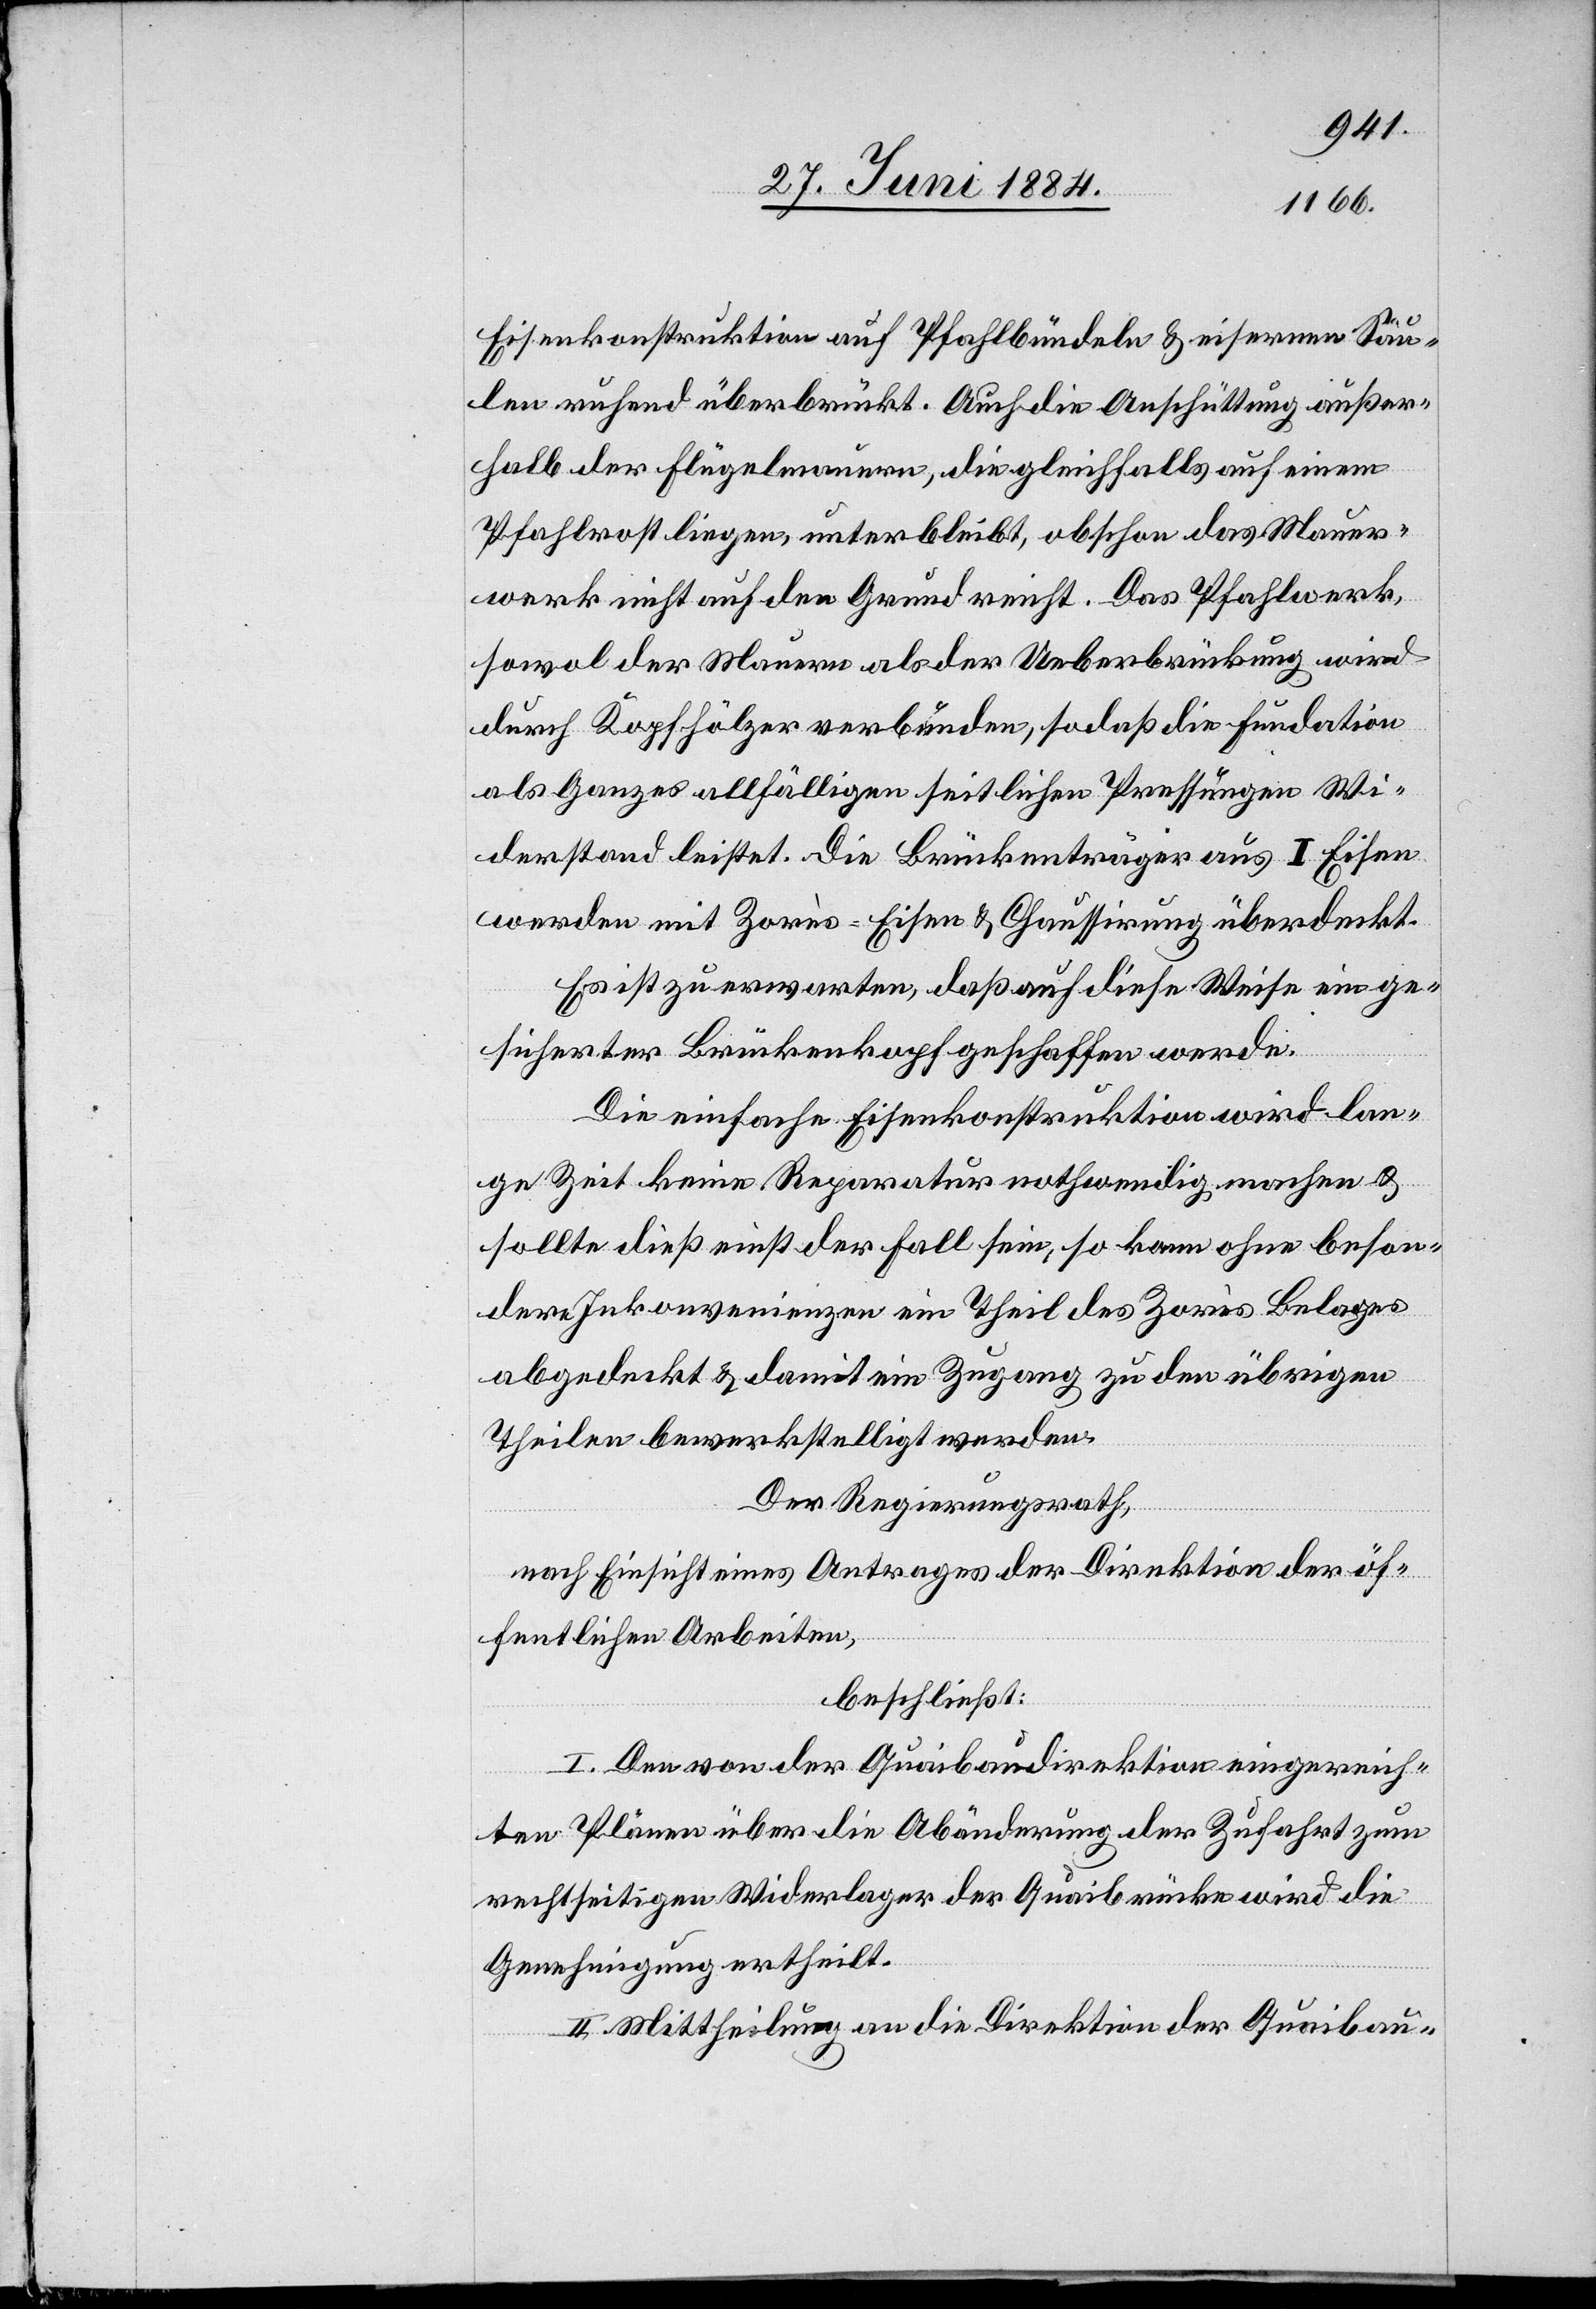
Eisenkonstruktion auf Pfahlbündeln & eiserenen Säu¬
len ruhend überbrückt. Auch die Anschüttung außer¬
halb der Flügelmauern, die gleichfalls auf einem
Pfahlrost liegen, unterbleibt, obschon das Mauer¬
werk nicht auf den Grund reicht. Das Pfahlwerk,
sowol der Mauern als der Ueberbrückung wird
durch Kopfhölzer verbunden, so daß die Fundation
als Ganzes allfälligen seitlichen Pressungen Wi¬
derstand leistet. Die Brückenträger aus I Eisen
werden mit Zorès-Eisen & Chaussirung überdeckt.
Es ist zu erwarten, daß auf diese Weise ein ge¬
sicherter Brückenkopf geschaffen werde.
Die einfache Eisenkonstruktion wird lan¬
ge Zeit keine Reparatur nothwendig machen &
sollte dieß einst der Fall sein, so kann ohne beson¬
dere Inkonvenienzen ein Theil des Zorès Belages
abgedeckt & damit ein Zugang zu den übrigen
Theilen bewerkstelligt werden.
Der Regierungsrath,
nach Einsicht eines Antrages der Direktion der öf¬
fentlichen Arbeiten,
beschließt:
I. Den von der Quaibaudirektion eingereich¬
ten Plänen über die Abänderung der Zufahrt zum
rechtseigien Widerlager der Quaibrücke wird die
Genehmigung ertheilt.
II. Mittheilung an die Direktion der Quaibau-